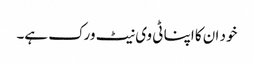
خود ان کا اپنا ٹی وی نیٹ ورک ہے۔